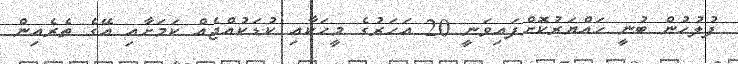
ފުލުހުން ބުނީ ހައްޔަރުކޮށްފައިވަނީ 20 އަހަރުގެ މީހަކާއި ކުޑަކުއްޖެއް ކަމަށާއި އޭގެ ތެރެއިން